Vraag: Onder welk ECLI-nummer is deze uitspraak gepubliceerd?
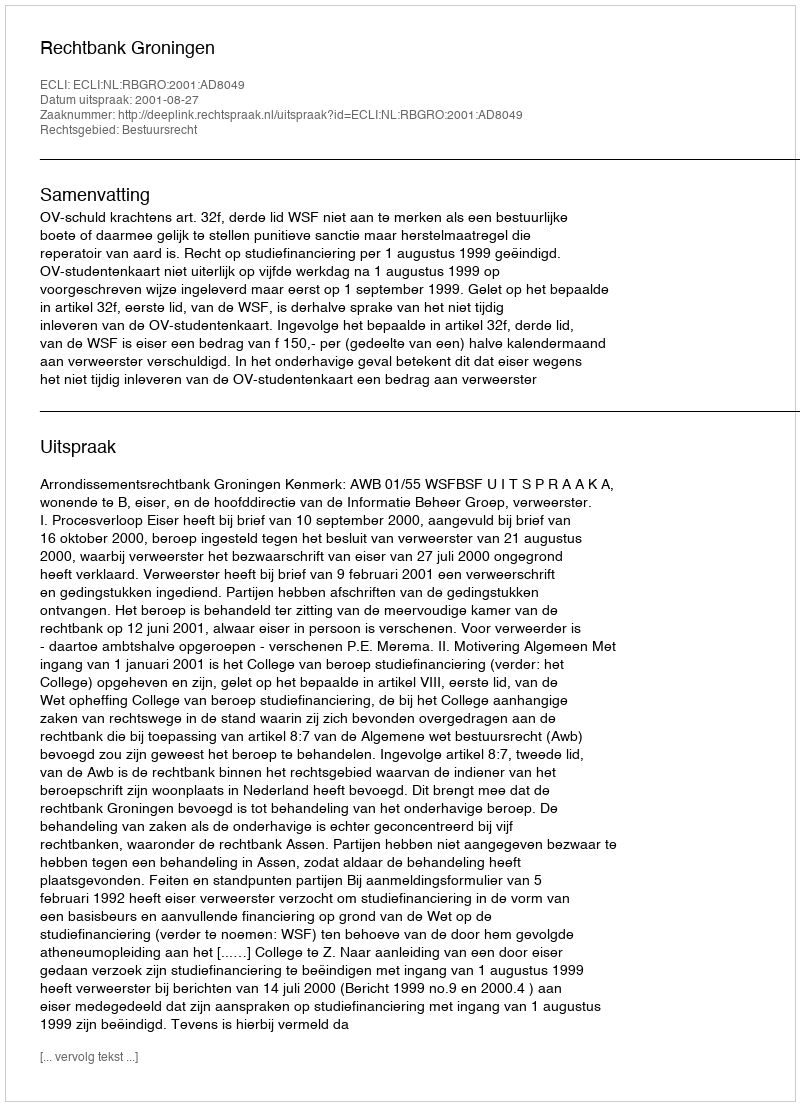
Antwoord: ECLI:NL:RBGRO:2001:AD8049